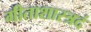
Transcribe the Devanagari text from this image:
गीताशास्त्रदं